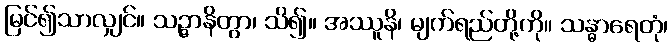
မြင်၍သာလျှင်။ သဉ္ဇာနိတွာ၊ သိ၍။ အဿူနိ၊ မျက်ရည်တို့ကို။ သန္ဓာရေတုံ၊